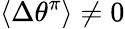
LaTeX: \langle\Delta\theta^{\pi}\rangle\neq 0